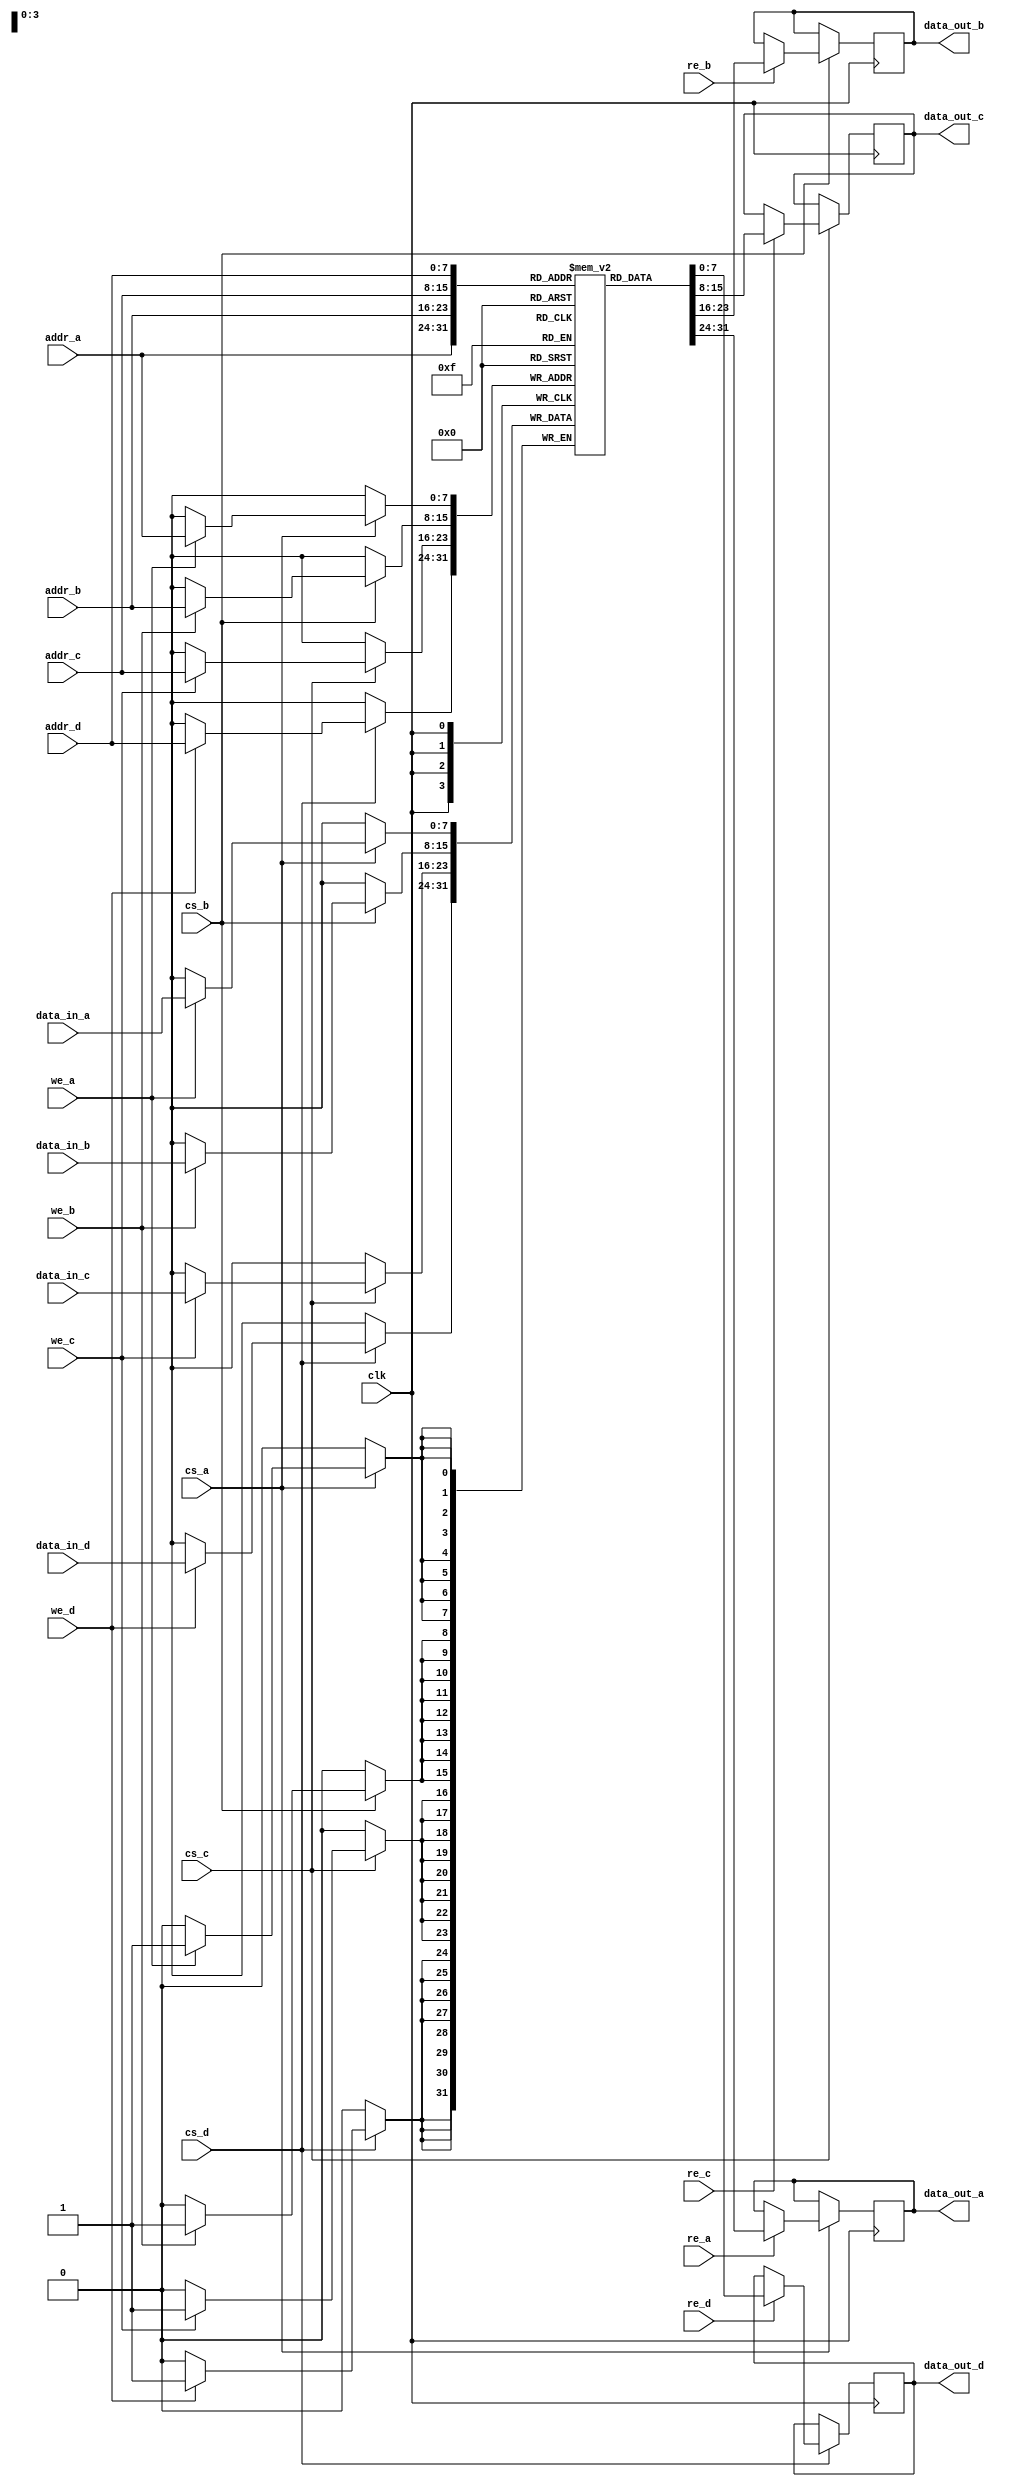
module quad_port_sram #(
    parameter DATA_WIDTH = 8,  // Width of data in bits
    parameter ADDR_WIDTH = 8,   // Width of address in bits (can be adjusted)
    parameter MEM_SIZE = 256     // Number of memory cells (2^ADDR_WIDTH)
)(
    input wire clk,
    
    // Port A
    input wire [ADDR_WIDTH-1:0] addr_a,
    input wire [DATA_WIDTH-1:0] data_in_a,
    output reg [DATA_WIDTH-1:0] data_out_a,
    input wire we_a,  // Write Enable for Port A
    input wire re_a,  // Read Enable for Port A
    input wire cs_a,  // Chip Select for Port A

    // Port B
    input wire [ADDR_WIDTH-1:0] addr_b,
    input wire [DATA_WIDTH-1:0] data_in_b,
    output reg [DATA_WIDTH-1:0] data_out_b,
    input wire we_b,  // Write Enable for Port B
    input wire re_b,  // Read Enable for Port B
    input wire cs_b,  // Chip Select for Port B

    // Port C
    input wire [ADDR_WIDTH-1:0] addr_c,
    input wire [DATA_WIDTH-1:0] data_in_c,
    output reg [DATA_WIDTH-1:0] data_out_c,
    input wire we_c,  // Write Enable for Port C
    input wire re_c,  // Read Enable for Port C
    input wire cs_c,  // Chip Select for Port C

    // Port D
    input wire [ADDR_WIDTH-1:0] addr_d,
    input wire [DATA_WIDTH-1:0] data_in_d,
    output reg [DATA_WIDTH-1:0] data_out_d,
    input wire we_d,  // Write Enable for Port D
    input wire re_d,  // Read Enable for Port D
    input wire cs_d   // Chip Select for Port D
);

    // Memory array declaration
    reg [DATA_WIDTH-1:0] memory [0:MEM_SIZE-1];

    // Write and Read Operations for each port
    always @(posedge clk) begin
        // Port A
        if (cs_a) begin
            if (we_a) begin
                memory[addr_a] <= data_in_a; // Write data to memory
            end
            if (re_a) begin
                data_out_a <= memory[addr_a]; // Read data from memory
            end
        end
        
        // Port B
        if (cs_b) begin
            if (we_b) begin
                memory[addr_b] <= data_in_b; // Write data to memory
            end
            if (re_b) begin
                data_out_b <= memory[addr_b]; // Read data from memory
            end
        end
        
        // Port C
        if (cs_c) begin
            if (we_c) begin
                memory[addr_c] <= data_in_c; // Write data to memory
            end
            if (re_c) begin
                data_out_c <= memory[addr_c]; // Read data from memory
            end
        end
        
        // Port D
        if (cs_d) begin
            if (we_d) begin
                memory[addr_d] <= data_in_d; // Write data to memory
            end
            if (re_d) begin
                data_out_d <= memory[addr_d]; // Read data from memory
            end
        end
    end

endmodule